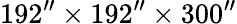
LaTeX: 192^{\prime\prime}\times 192^{\prime\prime}\times 300^{\prime\prime}